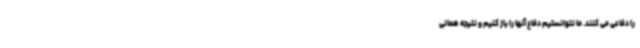
را دفاعی می کنند. ما نتوانستیم دفاع آنها را باز کنیم و نتیجه همانی